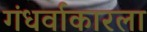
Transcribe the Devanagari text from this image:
गंधर्वाकारला